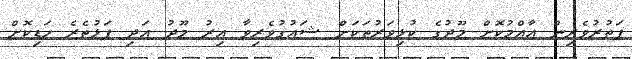
ފަތުރުވެރިން އާއްމުކޮށް މޫދުގެ ކުޅިވަރުތަކަށް ޝައުގުވެރިވާ އިރު މޫދު އަދި ފަޅުތެރެ ހަޑިކޮށް